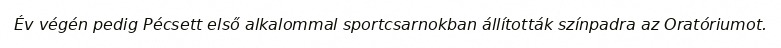
Év végén pedig Pécsett első alkalommal sportcsarnokban állították színpadra az Oratóriumot.